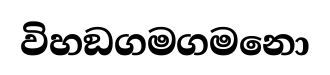
විහඞගමගමනො